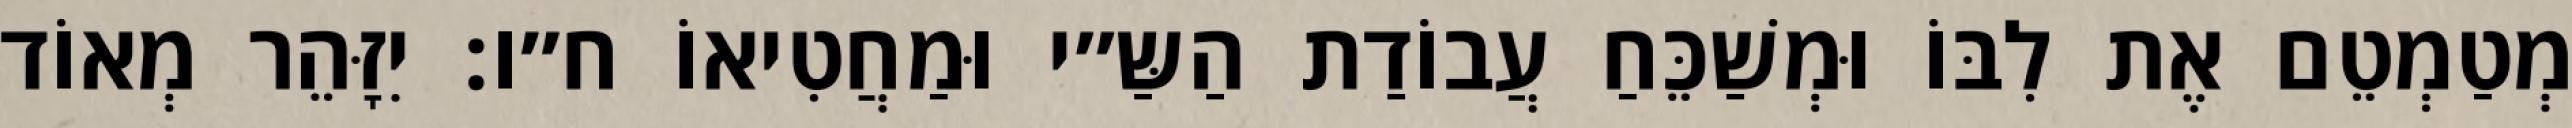
מְטַמְטֵם אֶת לִבּוֹ וּמְשַׁכֵּחַ עֲבוֹדַת הַשַּ״י וּמַחֲטִיאוֹ ח״ו: יִזָּהֵר מְאוֹד